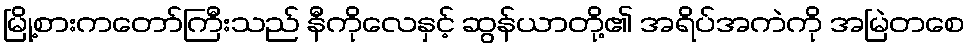
မြို့စားကတော်ကြီးသည် နီကိုလေနှင့် ဆွန်ယာတို့၏ အရိပ်အကဲကို အမြဲတစေ